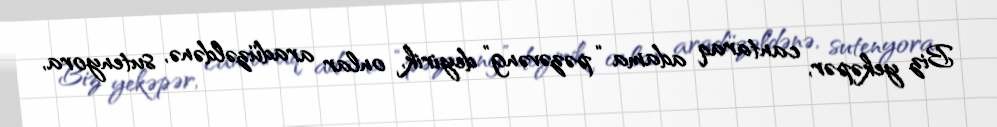
Biz yekəpər, cantaraq adama “pəzəvəng” deyirik, onlar aradüzəldənə, sutenyora,